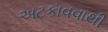
અટકાવવાથી